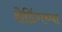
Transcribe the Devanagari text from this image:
शेडिंगच्या